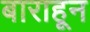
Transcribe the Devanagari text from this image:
बाराहून